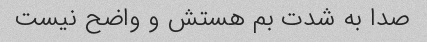
صدا به شدت بم هستش و واضح نیست